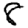
Digit: 8